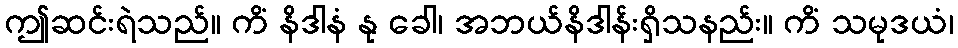
ဤဆင်းရဲသည်။ ကိံ နိဒါနံ နု ခေါ၊ အဘယ်နိဒါန်းရှိသနည်း။ ကိံ သမုဒယံ၊